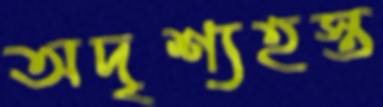
অদৃশ্যহস্ত